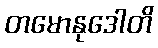
တမောနုဒေါတိ